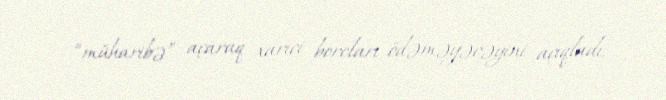
“müharibə” açaraq xarici borcları ödəməyəcəyini açıqladı.